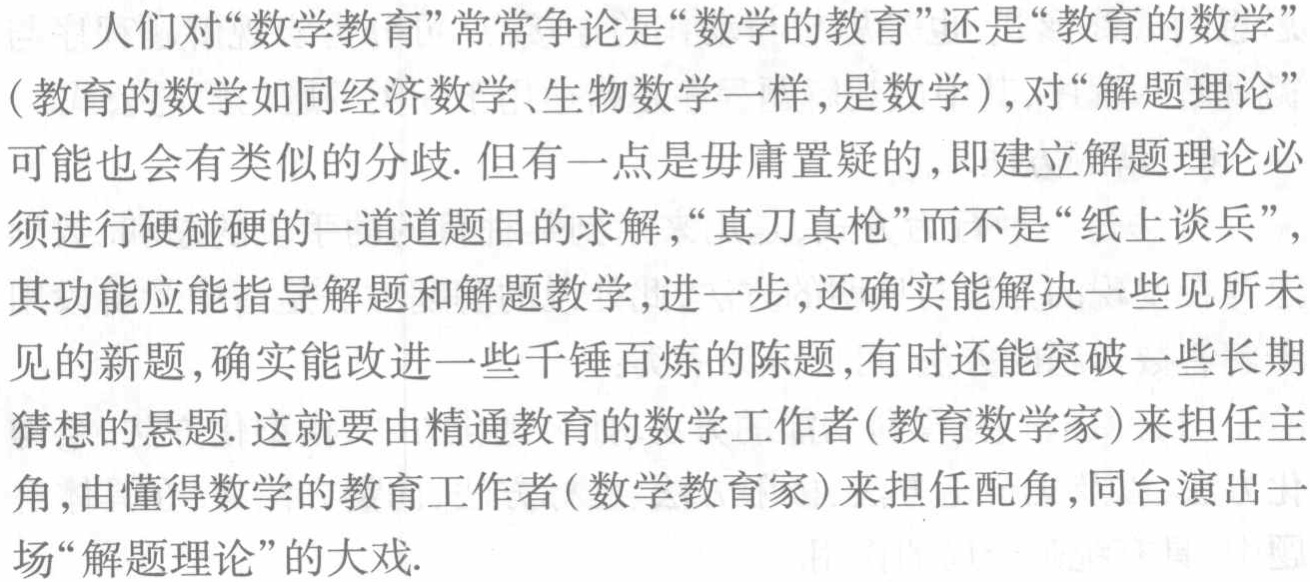
人们对“数学教育”常常争论是“数学的教育”还是“教育的数学”（教育的数学如同经济数学、生物数学一样，是数学），对“解题理论”可能也会有类似的分歧. 但有一点是毋庸置疑的，即建立解题理论必须进行硬碰硬的一道道题目的求解，“真刀真枪”而不是“纸上谈兵”，其功能应能指导解题和解题教学，进一步，还确实能解决一些见所未见的新题，确实能改进一些千锤百炼的陈题，有时还能突破一些长期猜想的悬题. 这就要由精通教育的数学工作者(教育数学家)来担任主角，由懂得数学的教育工作者(数学教育家)来担任配角，同台演出一场“解题理论”的大戏.